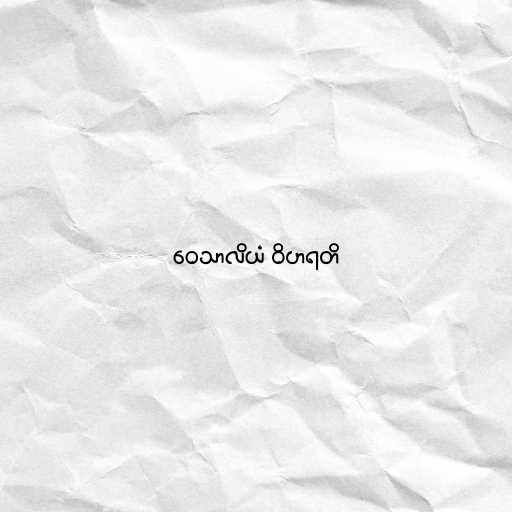
ဝေသာလိယံ ဝိဟရတိ